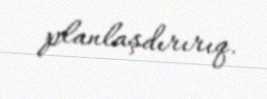
planlaşdırırıq.